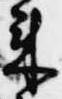
来